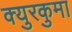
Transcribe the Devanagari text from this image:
क्युरकुमा